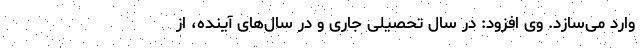
وارد می‌سازد. وی افزود: در سال تحصیلی جاری و در سال‌های آینده، از